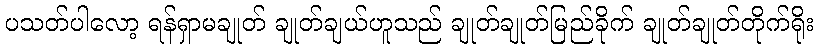
ပသတ်ပါလော့ ရန်ရှာမချုတ် ချုတ်ချယ်ဟူသည် ချုတ်ချုတ်မြည်ခိုက် ချုတ်ချုတ်တိုက်ရိုး